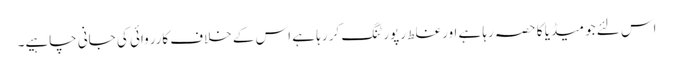
اس لئے جو میڈیا کا حصہ رہا ہے اور غلط رپورٹنگ کر رہا ہے اس کے خلاف کارروائی کی جانی چاہیے۔